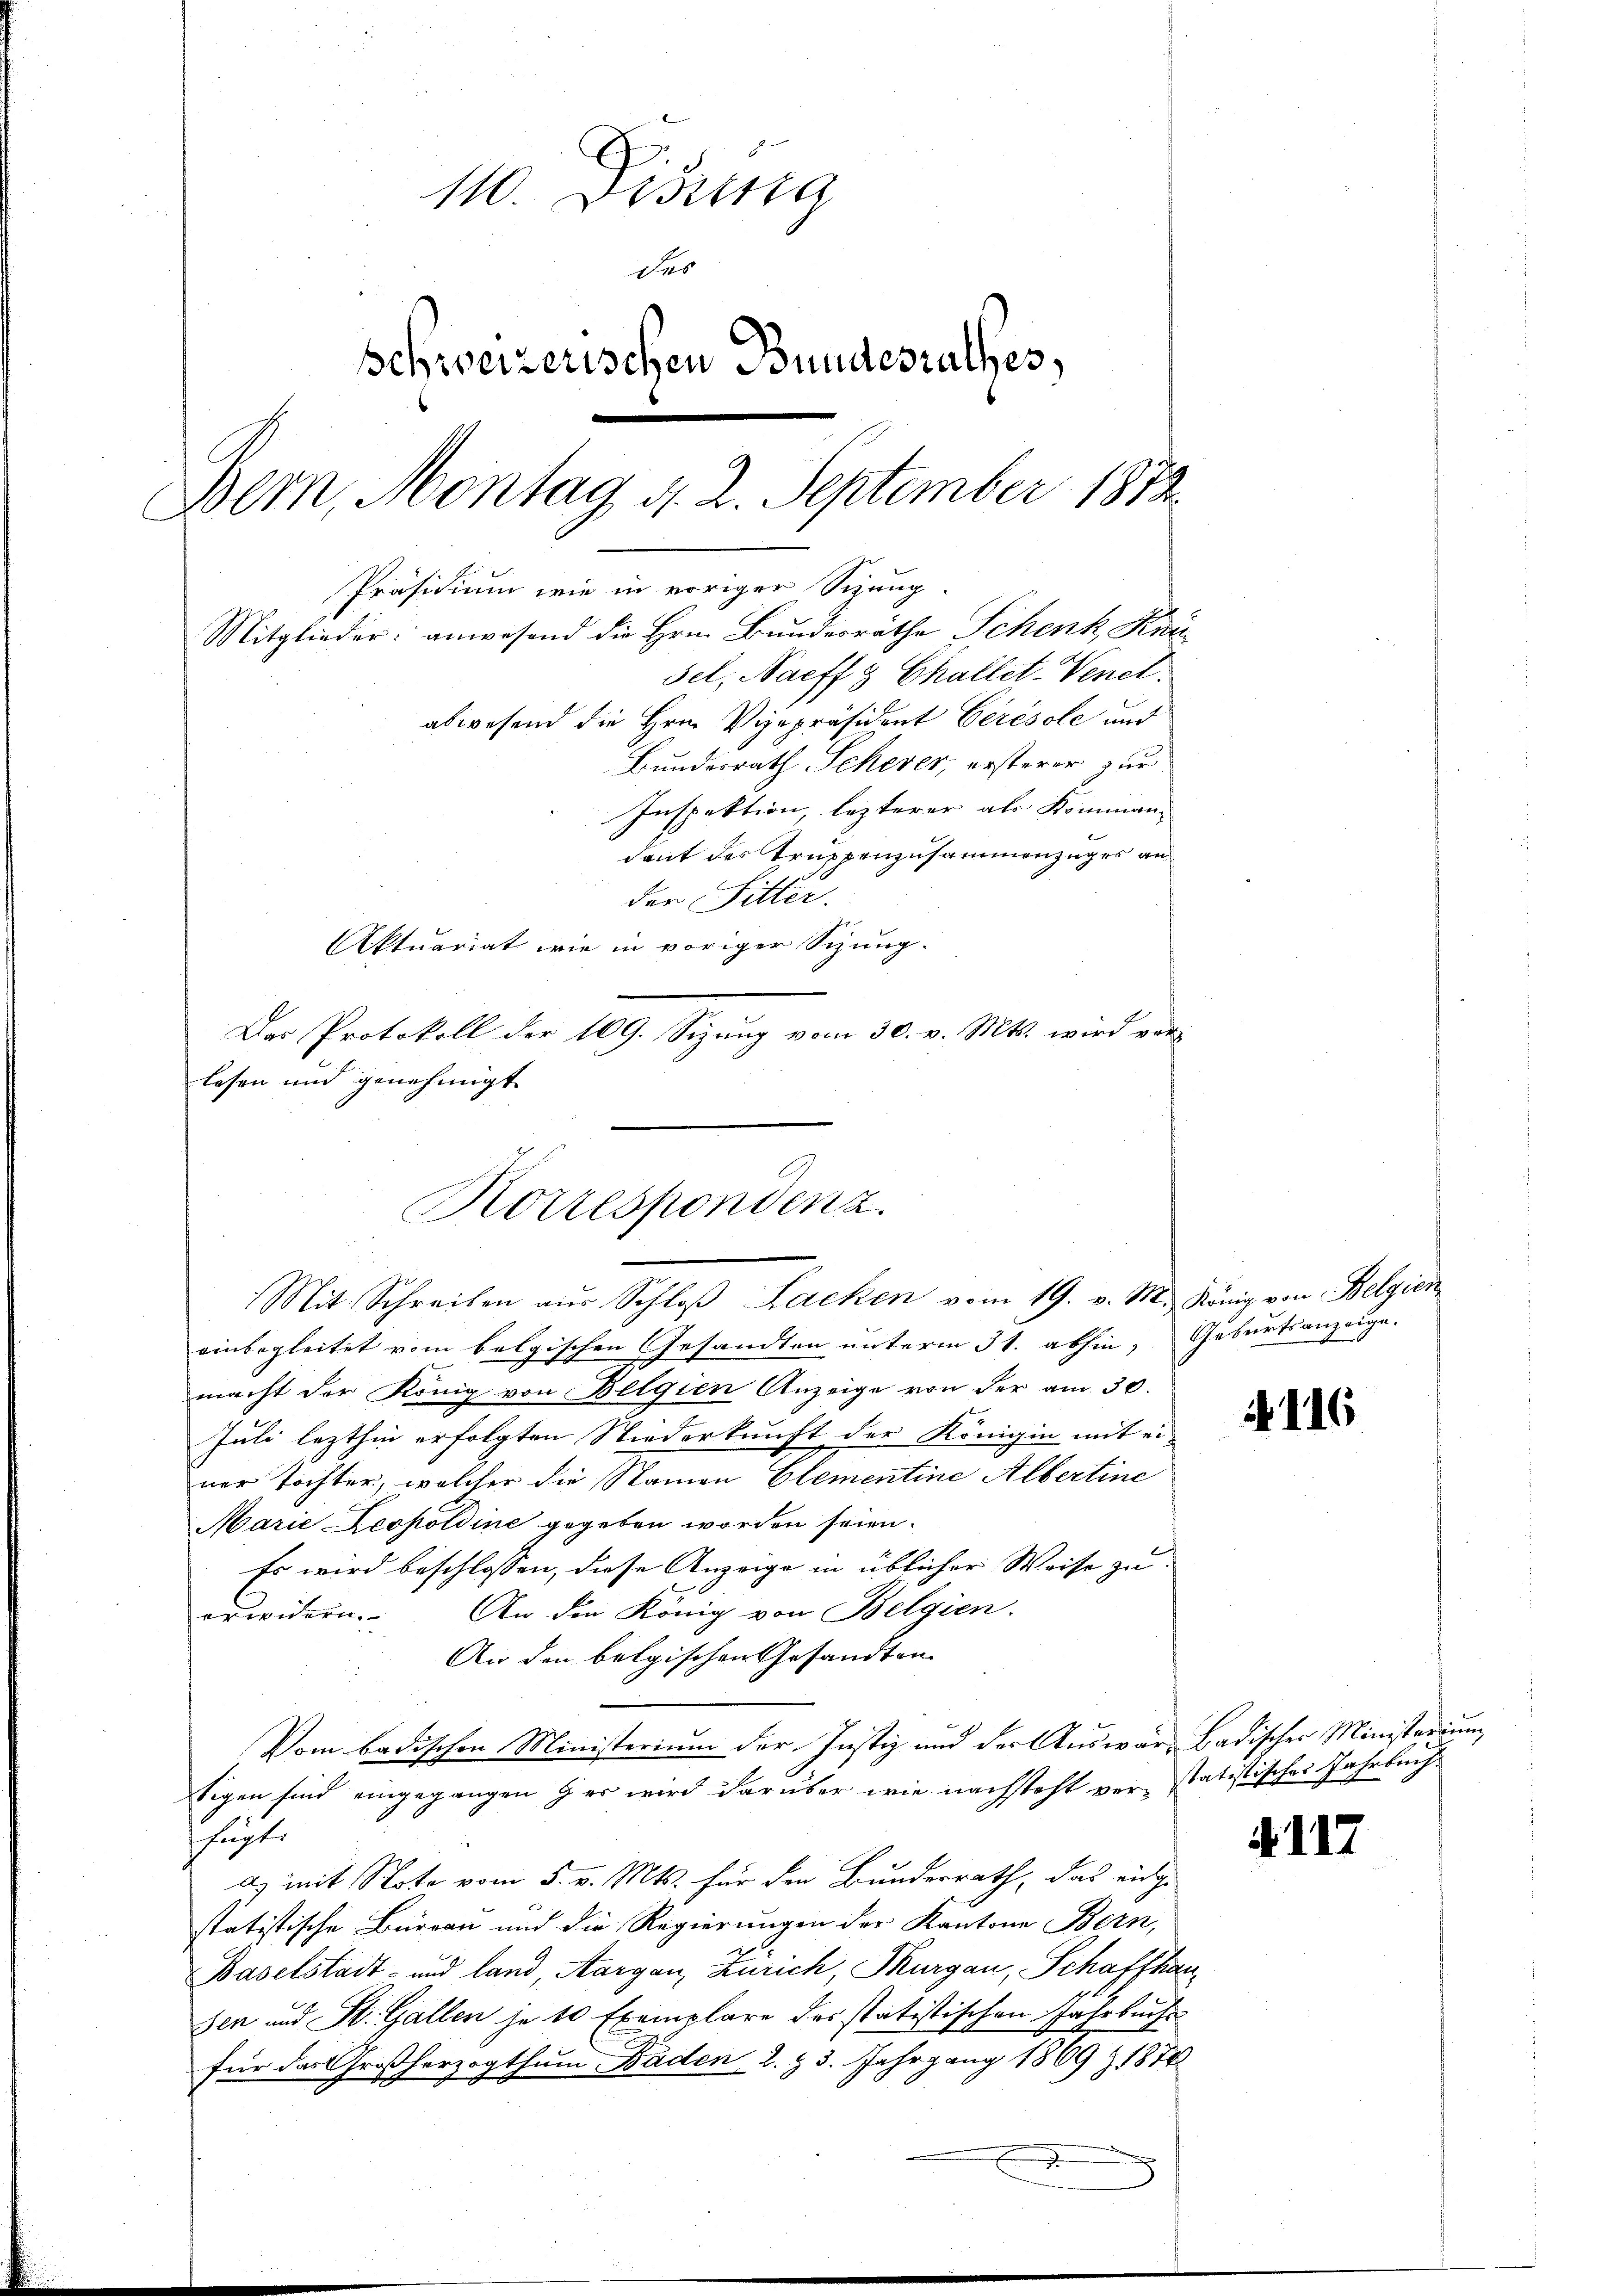
110. Dissa
des
Schweizerischen Bundesrathes,
Bem, Montag d. 2. September 1873.
Präsidium wie in voriger Sizung
Mitglieder: anwesend die Hrn. Bundesrathe Schenk, Uri
Fel, Naeffs Challet-Venet.
abwesend die Hrn. Vizepräsident Cérésole und
Bundesrath Scherer, ersterer zur
Inspektion lezterer als Kommendant des Truppenzusammenzuges an

der Sitter.
Aktuariat wie in voriger Sitzung.
Das Protokoll der 169. Sizung vom 30. v. Mts. wird vor-
lesen und genehmigt

Korrespondenz.

Mit Schreiben aus Schloß Lacken vom 19. v. M., König von Belgien
einbegleitet vom belgischen Gesandten unterm 31. abhin, Geburtsanzeige.
macht der König von Belgien Anzeige von der am 30.
Juli lezthin erfolgten Niederkunft der Königin mit ei-
ner Tochter, welcher die Namen Elementine Albertine
Marie Leopoldine gegeben worden seien.
Es wird beschlossen, diese Anzeige in üblicher Weise zuerwidern. An die König von Belgien.
An den belgischen Gesandten
Vom badischen Ministerium der Justiz und der Auswär, Badischer Ministerium,
tigen sind eingegangen her wird darüber wie nachsteht verstatistisches Jahrbuchsfügte
d) mit Note vom 5. v. Mts. für den Bundesrath, das eidge
statistische Burgau und die Regierungen der Kantone Bern,
Baselstadt- und land, Aargau, Zürich, Thurgau, Schaffhau
sen und St. Gallen je 10 Exemplare des statistischen Jahrbuchs-
für das Großherzogthum Baden 2. 23. Jahrgang 1869 & 1874

N. 116.

117